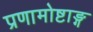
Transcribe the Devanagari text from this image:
प्रणामोष्टाङ्ग